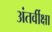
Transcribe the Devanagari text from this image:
अंतर्वीक्षा